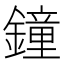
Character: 鐘